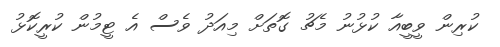
ކުރިން ވީބީއާ ކުޅުނު މެޗު ގޮތަށް މިއަދު ވެސް އެ ޓީމުން ކުރީކޮޅު